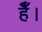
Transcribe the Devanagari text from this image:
हैैँँ।